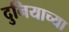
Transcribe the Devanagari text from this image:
दुनियाच्या